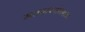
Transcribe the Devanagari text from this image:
मतदारसंघातच